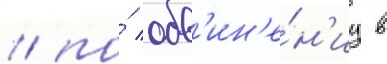
/ по́ обв'ин'е́н'иу в